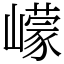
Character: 㠓